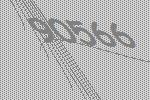
90566